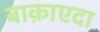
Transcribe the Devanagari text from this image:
बाक़ाएदा